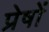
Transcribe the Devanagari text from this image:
प्रेषों